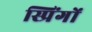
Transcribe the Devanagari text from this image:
स्प्रिंगों